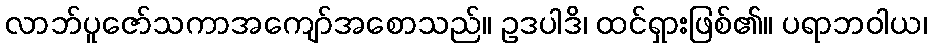
လာဘ်ပူဇော်သကာအကျော်အစောသည်။ ဥဒပါဒိ၊ ထင်ရှားဖြစ်၏။ ပရာဘဝါယ၊